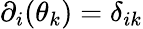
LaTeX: \partial_{i}(\theta_{k})=\delta_{ik}